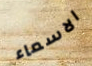
الاسماء